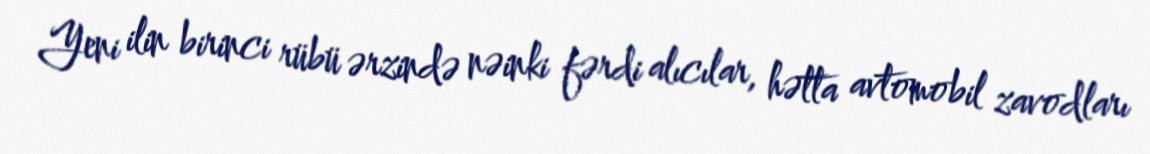
Yeni ilin birinci rübü ərzində nəinki fərdi alıcılar, hətta avtomobil zavodları